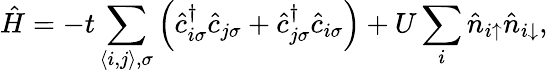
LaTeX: \hat{H}=-t\sum_{\langle i,j\rangle,\sigma}\left(\hat{c}_{i\sigma}^{\dagger}\hat{c}_{j\sigma}+\hat{c}_{j\sigma}^{\dagger}\hat{c}_{i\sigma}\right)+U\sum_{i}\hat{n}_{i{\uparrow}}\hat{n}_{i{\downarrow}},